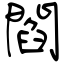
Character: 閻